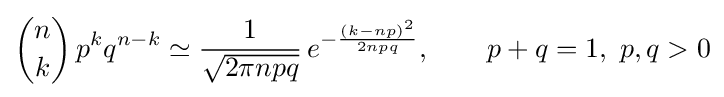
{n \choose k}\,p^{k}q^{n-k}\simeq {\frac {1}{\sqrt {2\pi npq}}}\,e^{-{\frac {(k-np)^{2}}{2npq}}},\qquad p+q=1,\ p,q>0